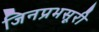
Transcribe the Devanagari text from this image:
जिनप्रभसूरी